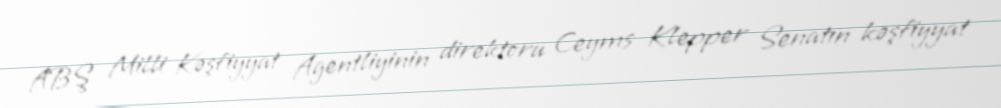
ABŞ Milli Kəşfiyyat Agentliyinin direktoru Ceyms Klepper Senatın kəşfiyyat